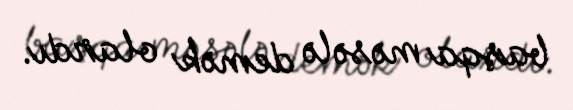
başqa məsələ demək olardı.